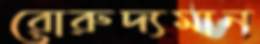
রোরুদ্যমান